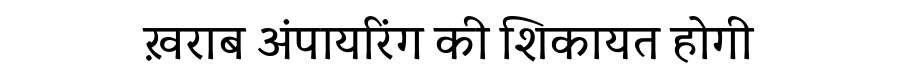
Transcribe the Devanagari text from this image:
ख़राब अंपायरिंग की शिकायत होगी